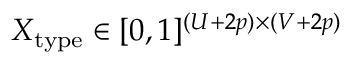
X _ { \mathrm { t y p e } } \in [ 0 , 1 ] ^ { ( U + 2 p ) \times ( V + 2 p ) }